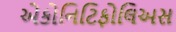
એકોનિટિફોલિઅસ